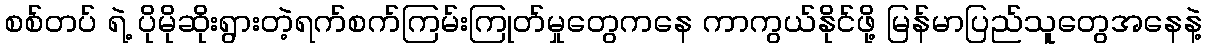
စစ်တပ် ရဲ့ ပိုမိုဆိုးရွားတဲ့ရက်စက်ကြမ်းကြုတ်မှုတွေကနေ ကာကွယ်နိုင်ဖို့ မြန်မာပြည်သူတွေအနေနဲ့